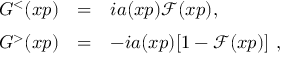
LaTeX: \begin{array} { l c l } { { G ^ { < } ( x p ) } } & { { = } } & { { i a ( x p ) \mathcal { F } ( x p ) \vphantom { \biggl ] } \mathrm { , } } } \\ { { G ^ { > } ( x p ) } } & { { = } } & { { - i a ( x p ) [ 1 - \mathcal { F } ( x p ) ] \mathrm { ~ , } } } \end{array}